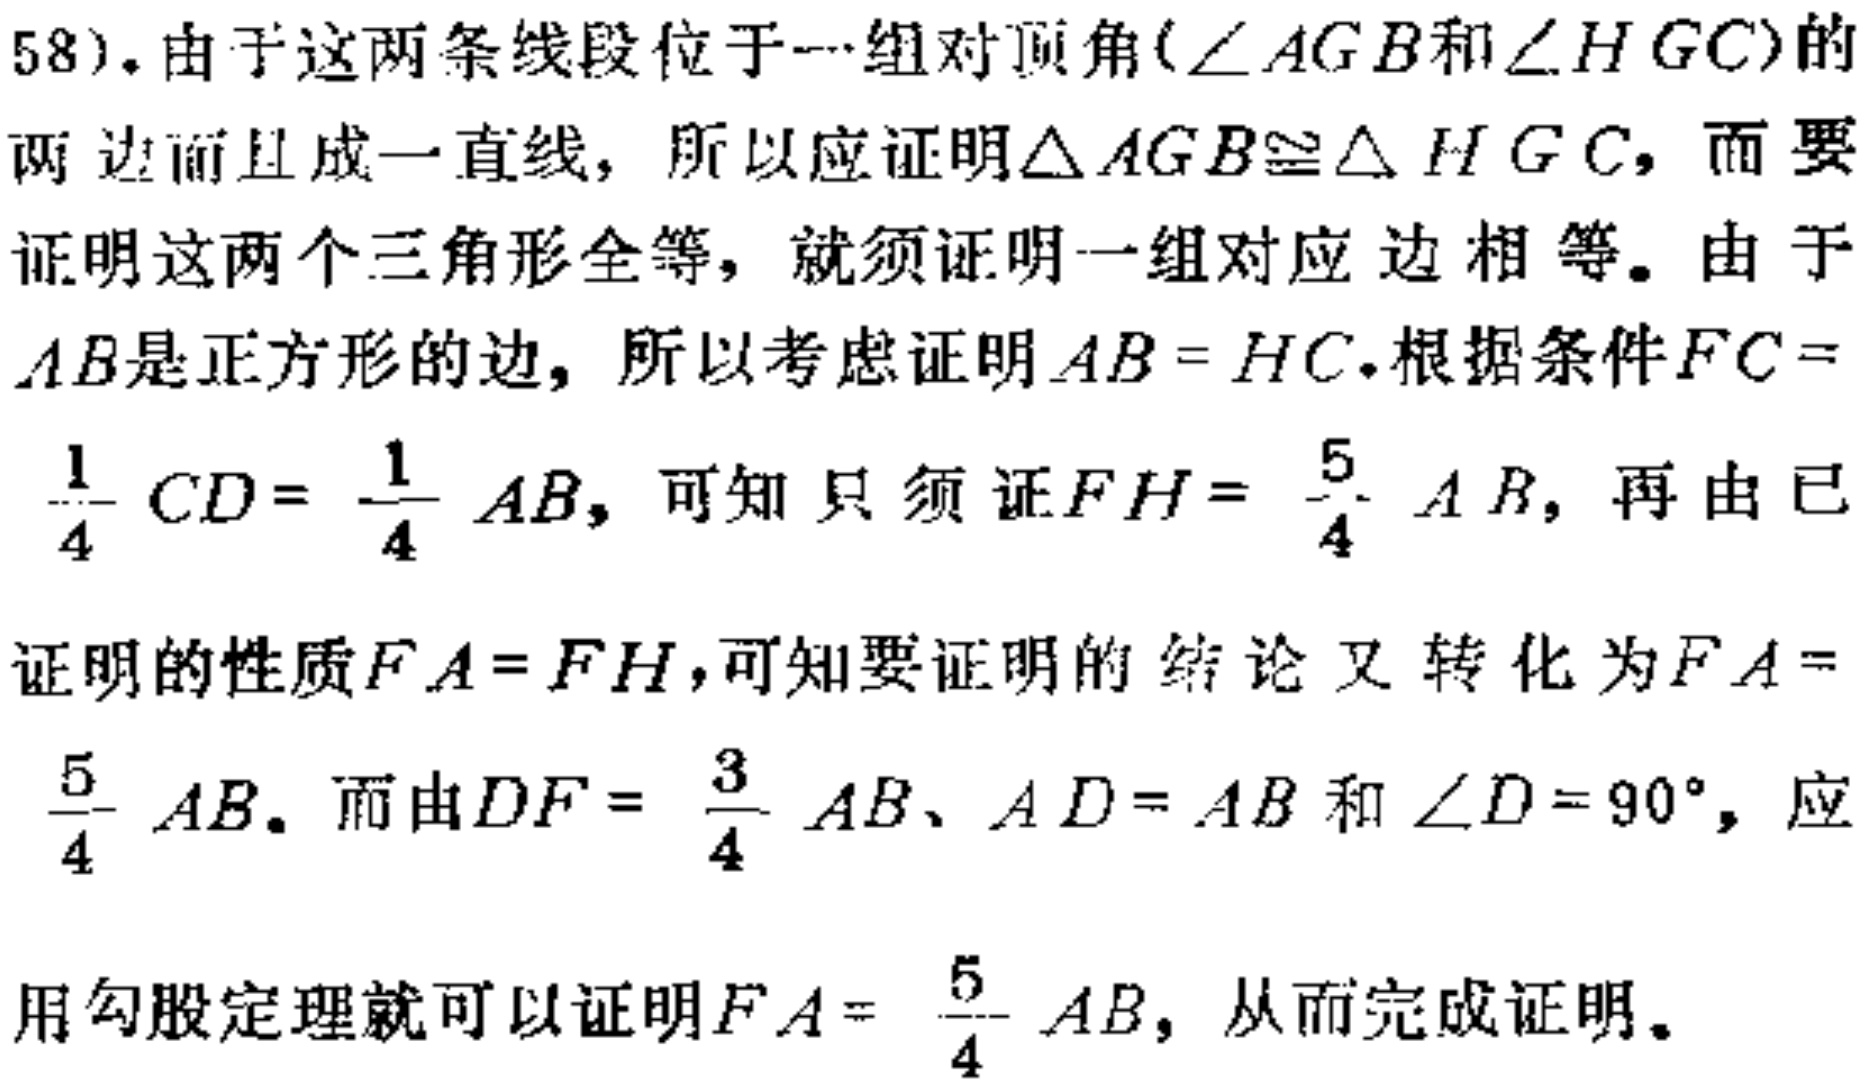
58). 由于这两条线段位于一组对顶角($\angle AGB$和$\angle HGC$)的两边而且成一直线，所以应证明$\triangle AGB\cong\triangle HGC$，而要证明这两个三角形全等，就须证明一组对应边相等。由于$AB$是正方形的边，所以考虑证明$AB = HC$。根据条件$FC = \frac{1}{4}CD=\frac{1}{4}AB$，可知只须证$FH=\frac{5}{4}AB$，再由已证明的性质$FA = FH$，可知要证明的结论又转化为$FA = \frac{5}{4}AB$。而由$DF=\frac{3}{4}AB$、$AD = AB$和$\angle D = 90^{\circ}$，应用勾股定理就可以证明$FA=\frac{5}{4}AB$，从而完成证明。